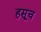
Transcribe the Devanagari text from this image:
हसूच